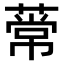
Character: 𫉒